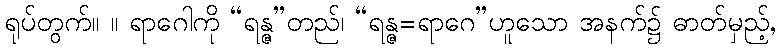
ရုပ်တွက်။ ။ ရာဂေါကို “ရန္ဇ”တည်၊ “ရန္ဇ=ရာဂေ”ဟူသော အနက်၌ ဓာတ်မှည့်,